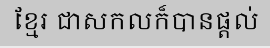
ខ្មែរ ជាសកលក៏បានផ្តល់